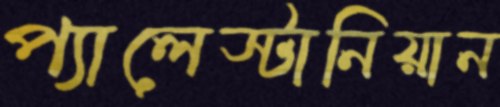
প্যালেস্টানিয়ান